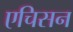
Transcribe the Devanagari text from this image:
एचिसन